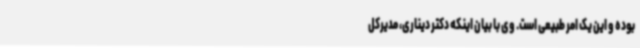
بوده و این یک امر طبیعی است. وی با بیان اینکه دکتر دیناری، مدیرکل